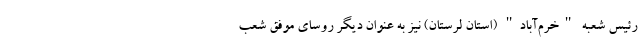
رئیس شعبه "خرم‌آباد" (استان لرستان) نیز به عنوان دیگر روسای موفق شعب